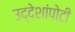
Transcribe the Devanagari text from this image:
उद्देशांपोटी